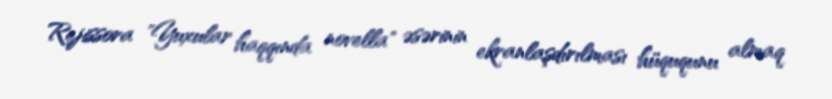
Rejissora "Yuxular haqqında novella" əsərinin ekranlaşdırılması hüququnu almaq